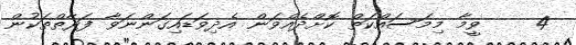
4    ވީމާ މިމަސައްކަތް ކޮށްދެއްވަން އެދިވަޑައިގަންނަވާ ފަރާތްތަކުން